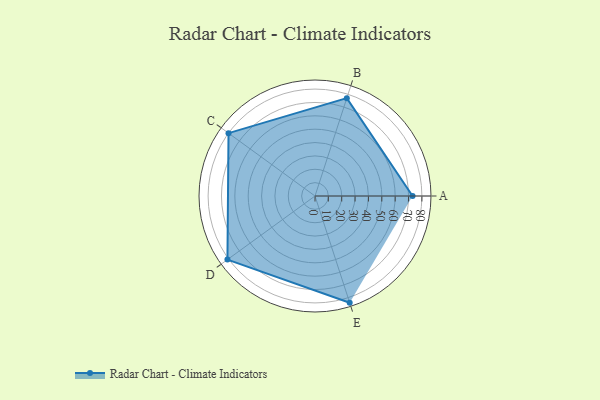
{"axis": {"x": "Skill", "y": "Score"}, "legend": ["Profile"], "data": [{"x": "A", "y": 73.0, "type": "Profile"}, {"x": "B", "y": 77.0, "type": "Profile"}, {"x": "C", "y": 80.0, "type": "Profile"}, {"x": "D", "y": 81.0, "type": "Profile"}, {"x": "E", "y": 84.0, "type": "Profile"}]}